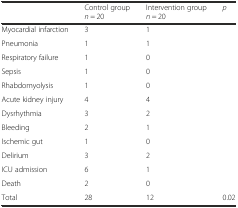
<table><thead><tr><td></td><td><b>Control group <i>n</i> = 20</b></td><td><b>Intervention group <i>n</i> = 20</b></td><td><b><i>p</i></b></td></tr></thead><tbody><tr><td>Myocardial infarction</td><td>3</td><td>1</td><td></td></tr><tr><td>Pneumonia</td><td>1</td><td>1</td><td></td></tr><tr><td>Respiratory failure</td><td>1</td><td>0</td><td></td></tr><tr><td>Sepsis</td><td>1</td><td>0</td><td></td></tr><tr><td>Rhabdomyolysis</td><td>1</td><td>0</td><td></td></tr><tr><td>Acute kidney injury</td><td>4</td><td>4</td><td></td></tr><tr><td>Dysrhythmia</td><td>3</td><td>2</td><td></td></tr><tr><td>Bleeding</td><td>2</td><td>1</td><td></td></tr><tr><td>Ischemic gut</td><td>1</td><td>0</td><td></td></tr><tr><td>Delirium</td><td>3</td><td>2</td><td></td></tr><tr><td>ICU admission</td><td>6</td><td>1</td><td></td></tr><tr><td>Death</td><td>2</td><td>0</td><td></td></tr><tr><td>Total</td><td>28</td><td>12</td><td>0.02</td></tr></tbody></table>